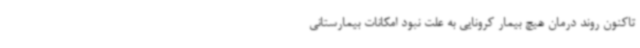
تاکنون روند درمان هیچ بیمار کرونایی به علت نبود امکانات بیمارستانی